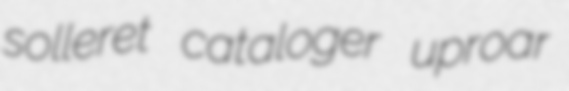
solleret cataloger uproar